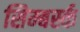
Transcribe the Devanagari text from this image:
सिम्बर्स्क